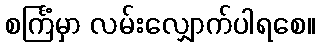
စင်္ကြံမှာ လမ်းလျှောက်ပါရစေ။